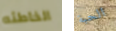
الخاطئه الحبة